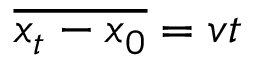
\overline { { x _ { t } - x _ { 0 } } } = v t